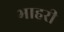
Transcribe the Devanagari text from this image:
भाहरी